Tezpur Lunatic Asylum reports 1895-1904 - 1895-1904
Year: 1895
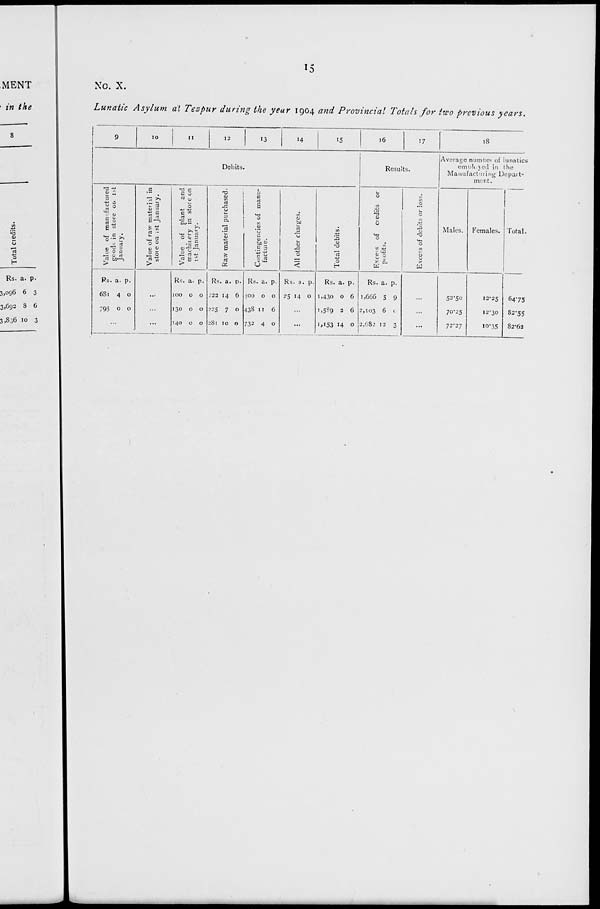
CO
o
ta
o
o
CO
Ov
p
w
o\ Co •p
Total ciedits.
„ g
00
pi
z
H
vO
CO
o
p
o
Oi
to
oi
o
Co
Co
M
Oi
o
Oi
00
00
C\
•0
*.
0\
Ol
vi
en
Ol
23
Value of manufactured
goods in store on ist
January.
-^
3
Co
O
o
go
0
o
o
p
° 0 o ta
CO
Oi
to
to
P0
o
■vi
.£ p
0
o
c\ T3
•
to
X.
Co
CO
o
0
w
4*
- o p
O
Ol
o
■p
Value of raw mateihl in
store on ;st January.
Value of plant and
machinery in store on
ist January.
Raw material purchased.
Contingencies of manu-
facture.
Ol
4*.
Ol
Co
73
CO
o
0
Jf
-S to o P
0
c\ C\ •a
to
CO
o
73
to
Co
C\
to
o\ ot
P
Co
c o V
All other charges.
Total debits.
Excels of credits or
piofits.
Excels of debits or loss.
p
2
P
r.
•—t
c
D
re
73
o
C\
>
s <
re
P
P
in
c
re
p
a
3 <■>
erq -•_
p^s
^
^
<*
a
5
s
VO
o
4*
5 s
»
3
ft
s
R
Ci
ft
p
Oi